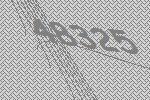
48325